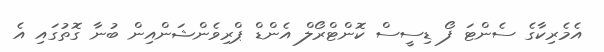
އެމެރިކާގެ ސެންޓަ ފޯ ޑިސީސް ކޮންޓްރޯލް އެންޑް ޕްރިވެންޝަންއިން ބުނާ ގޮތުގައި އެ